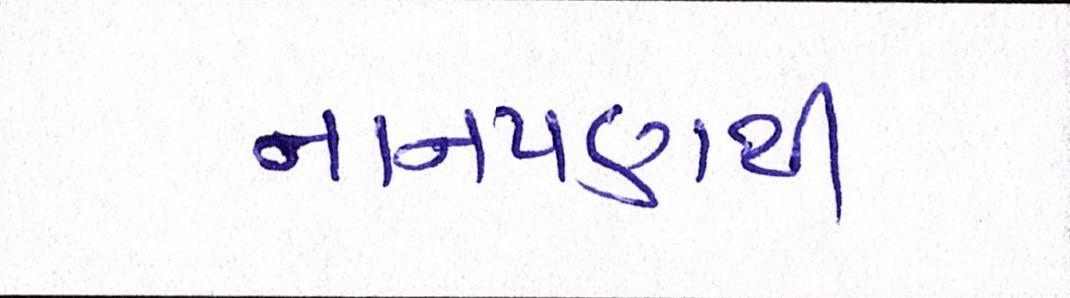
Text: નાનપણથી